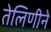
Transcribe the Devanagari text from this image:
तेलिणीने